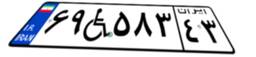
۶۹W۵۸۳۴۳